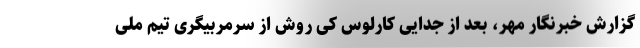
گزارش خبرنگار مهر، بعد از جدایی کارلوس کی روش از سرمربیگری تیم ملی